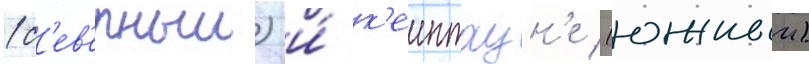
(с'ев'ерныи) и́ к'еиптаун'е (южныи)